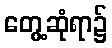
တွေ့ဆုံရာ၌